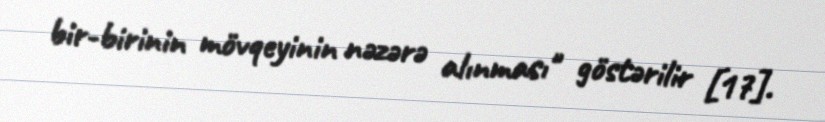
bir-birinin mövqeyinin nəzərə alınması" göstərilir [17].